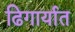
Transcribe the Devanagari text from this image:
ढिगार्यात